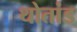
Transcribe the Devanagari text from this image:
थोतांड